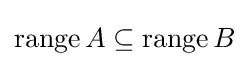
\operatorname {range} A\subseteq \operatorname {range} B